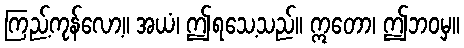
ကြည့်ကုန်လော့။ အယံ၊ ဤရသေ့သည်။ ဣတော၊ ဤဘဝမှ။